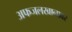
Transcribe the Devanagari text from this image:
अफजलखानावर